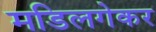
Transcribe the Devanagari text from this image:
मडिलगेकर